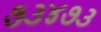
૭૩૪૭૩